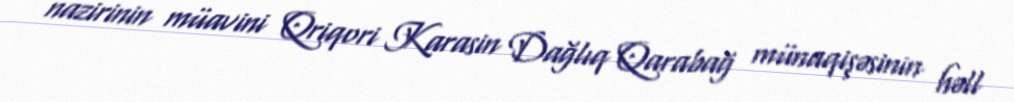
nazirinin müavini Qriqori Karasin Dağlıq Qarabağ münaqişəsinin həll